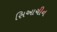
સિઆચીન